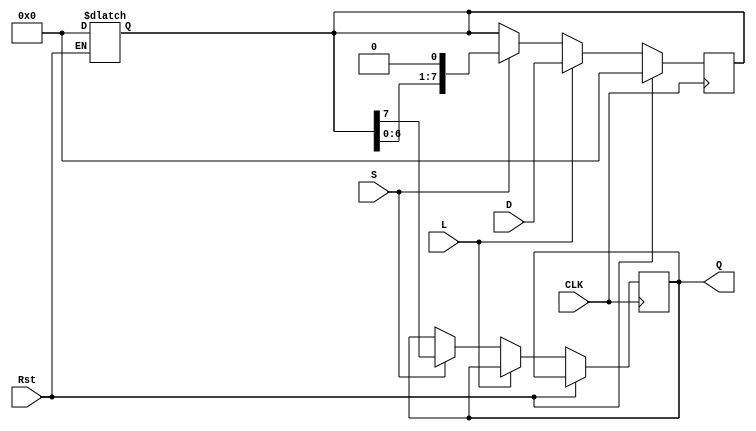
module PISO_Register #(
    parameter WIDTH = 8 // Parameter for the width of the register
)(
    input wire [WIDTH-1:0] D,    // Parallel data inputs
    input wire L,                 // Load control signal
    input wire S,                 // Shift control signal
    input wire CLK,               // Clock signal
    input wire Rst,               // Asynchronous reset signal
    output reg Q                 // Serial output
);

    reg [WIDTH-1:0] R; // Shift register

    // Asynchronous reset condition
    always @(*) begin
        if (Rst) begin
            R = 0;  // Clear shift register to zero on reset
        end
    end

    // Synchronous logic for loading and shifting
    always @(posedge CLK) begin
        if (Rst) begin
            R <= 0; // Reset the register on reset signal
        end
        else if (L) begin
            R <= D; // Load parallel data into the register
        end
        else if (S) begin
            Q <= R[WIDTH-1]; // Output the MSB to serial output
            R <= {R[WIDTH-2:0], 1'b0}; // Shift register right, filling LSB with 0
        end
    end
endmodule